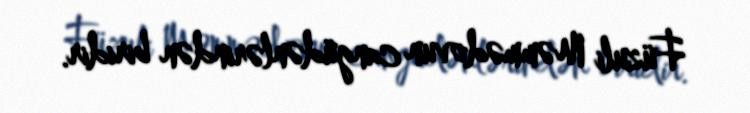
Füzuli Məmmədovun cangüdənlərindən biridir.